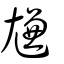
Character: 尲